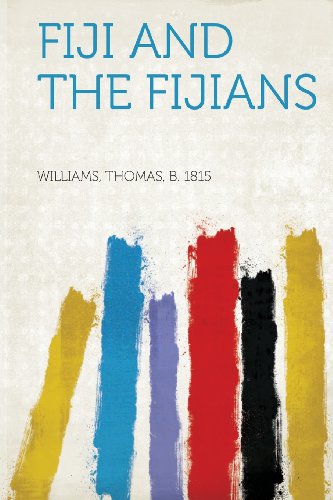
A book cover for Fiji and the Fijians; Williams Thomas B. 1815; History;